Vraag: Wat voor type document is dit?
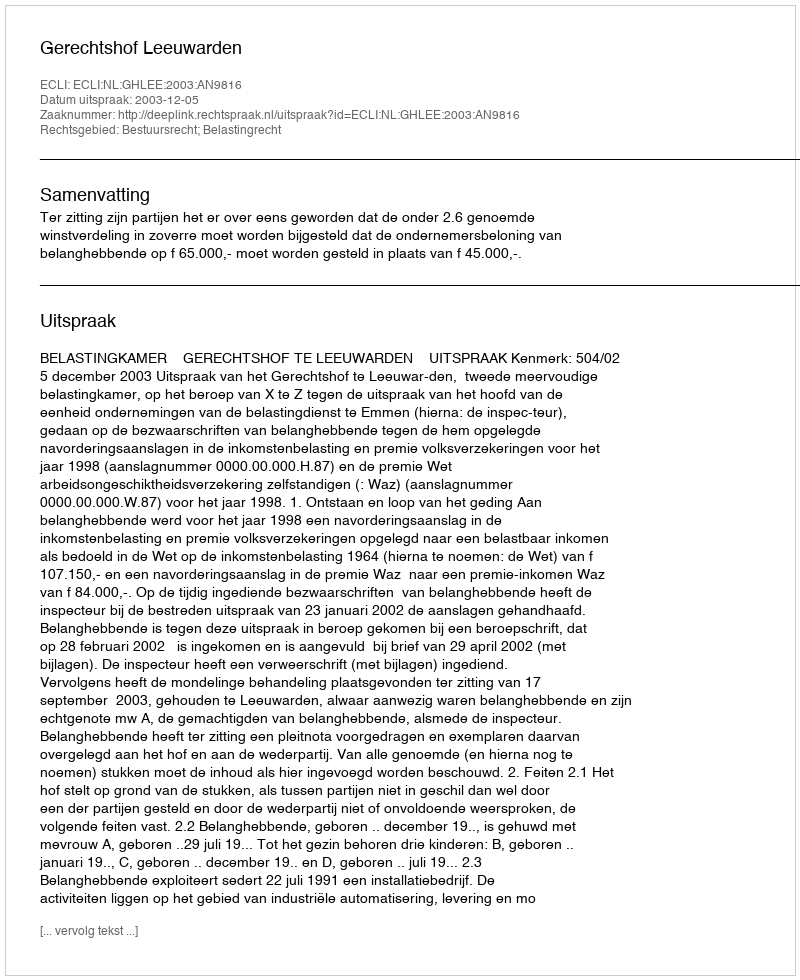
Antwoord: Uitspraak